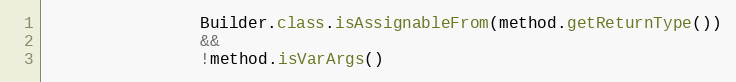
Language: Java
                Builder.class.isAssignableFrom(method.getReturnType())
                &&
                !method.isVarArgs()